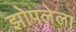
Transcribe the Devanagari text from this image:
झोपलेला